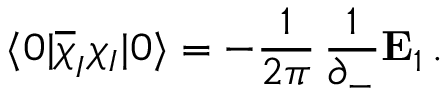
\langle 0 \vert \overline { { { \chi } } } _ { I } \chi _ { I } \vert 0 \rangle = - { \frac { 1 } { 2 \pi } } \, { \frac { 1 } { \partial _ { - } } } { \bf E } _ { 1 } \, .